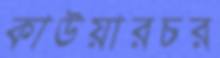
কাউয়ারচর